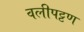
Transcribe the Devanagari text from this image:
वलीपट्टण